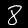
Label: 8